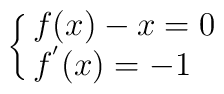
\cases{f(x)-x=0\cr f^{'}(x)=-1\cr }